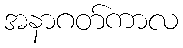
အနာဂတ်ကာလ